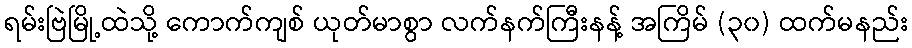
ရမ်းဗြဲမြို့ထဲသို့ ကောက်ကျစ် ယုတ်မာစွာ လက်နက်ကြီးနန့် အကြိမ် (၃၀) ထက်မနည်း